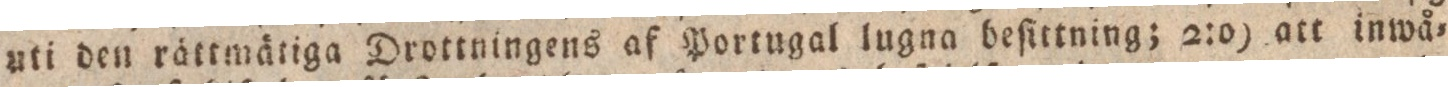
uti den rättmätiga Drottningens af Portugal lugna beſittning; 2:o) att inwå=